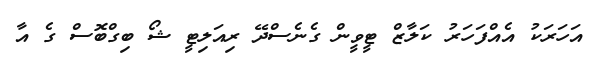
އަހަރަކު އެއްފަހަރު ކަލާޒް ޓީވީން ގެނެސްދޭ ރިއަލިޓީ ޝޯ ބިގްބޮސް ގެ އާ